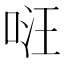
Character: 𠴝